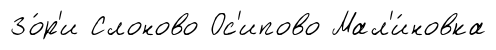
Зо́р'и Слоново Ос'ипово Мал'и́новка